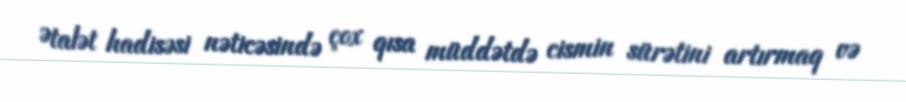
Ətalət hadisəsi nəticəsində çox qısa müddətdə cismin sürətini artırmaq və